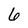
Character: 6